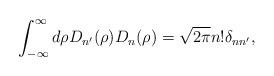
LaTeX: \begin{align*}\int_{- \infty}^\infty d\rho D_{n'}(\rho) D_n(\rho) = \sqrt{2 \pi} n! \delta_{nn'},\end{align*}